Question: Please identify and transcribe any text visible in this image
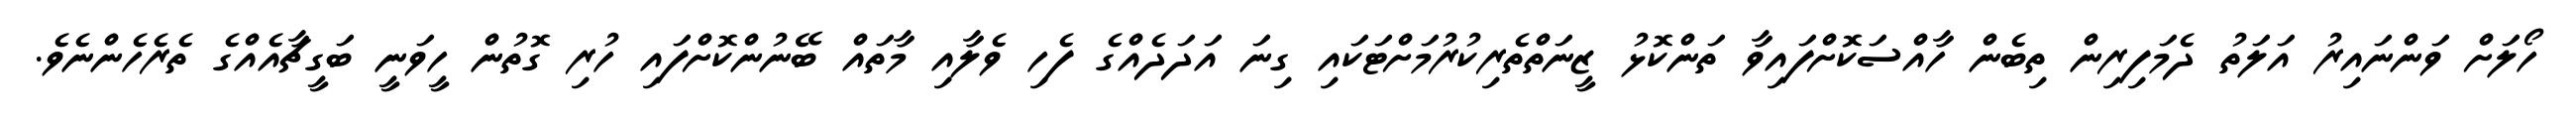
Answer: ހޯލަށް ވަންނައިރު އަލަތު ދެމަފިރިން ތިބެން ހާއްސަކޮށްފައިވާ ތަންކޮޅު ޒީނަތްތެރިކުރުމަށްޓަކައި ގިނަ އަދަދެއްގެ ފެހި ވެލާއި މާތައް ބޭނުންކޮށްފައި ހުރި ގޮތުން ހީވަނީ ބަގީޗާއެއްގެ ތެރެހެންނެވެ.